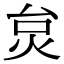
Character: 炱